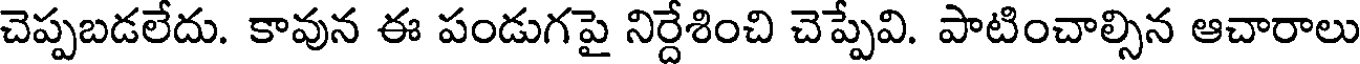
చెప్పబడలేదు. కావున ఈ పండుగపై నిర్దేశించి చెప్పేవి. పాటించాల్సిన ఆచారాలు